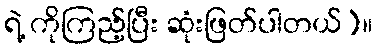
ရဲ့ ကိုကြည့်ပြီး ဆုံးဖြတ်ပါတယ်)။